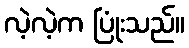
လဲ့လဲ့က ပြုံးသည်။